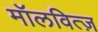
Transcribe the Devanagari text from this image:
मॉलवित्ज़